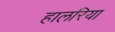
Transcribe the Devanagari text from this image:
हालरिया